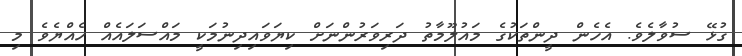
ގުޅޭ ސުވާލެވެ. އެހެން ދީންތަކުގެ މައުލޫމާތު ދަރިވަރުންނަށް ކިޔަވައިދިނުމަކީ މައްސަލައެއް ހެއްޔެވެ މި